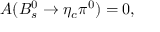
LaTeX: { \cal A } ( B _ { s } ^ { 0 } \rightarrow \eta _ { c } \pi ^ { 0 } ) = 0 ,